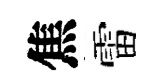
焦雷